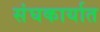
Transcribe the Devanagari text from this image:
संघकार्यात